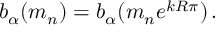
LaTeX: b _ { \alpha } ( m _ { n } ) = b _ { \alpha } ( m _ { n } e ^ { k R \pi } ) \, .